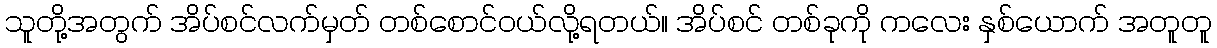
သူတို့အတွက် အိပ်စင်လက်မှတ် တစ်စောင်ဝယ်လို့ရတယ်။ အိပ်စင် တစ်ခုကို ကလေး နှစ်ယောက် အတူတူ